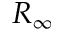
R _ { \infty }